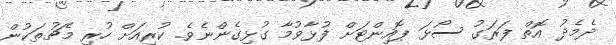
ދެމެދު އޮތް ފަރަގު ސޯޅަ ޕޮއިންޓަށް ފުޅާވުމާ ގުޅިގެންނެވެ. ކުރިއަށް ހުރި މެޗުތަކުން